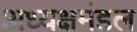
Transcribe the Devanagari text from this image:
अध्यक्षमंडल